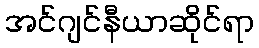
အင်ဂျင်နီယာဆိုင်ရာ